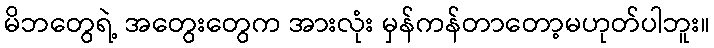
မိဘတွေရဲ့ အတွေးတွေက အားလုံး မှန်ကန်တာတော့မဟုတ်ပါဘူး။